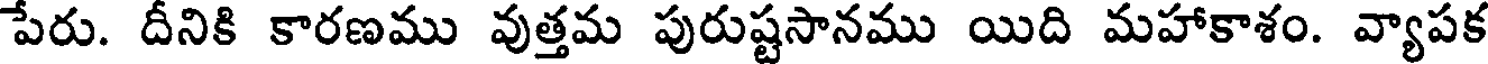
పేరు. దీనికి కారణము వుత్తమ పురుష్టసానము యిది మహాకాశం. వ్యాపక